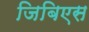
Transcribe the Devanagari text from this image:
जिबिएस